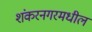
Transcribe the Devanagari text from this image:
शंकरनगरमधील